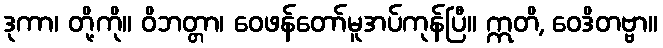
ဒုကာ၊ တို့ကို။ ဝိဘတ္တာ၊ ဝေဖန်တော်မူအပ်ကုန်ပြီ။ ဣတိ, ဝေဒိတဗ္ဗာ။